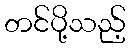
တင်ပို့သည့်